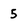
Character: 5